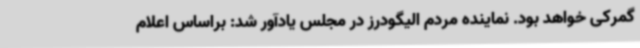
گمرکی خواهد بود. نماینده مردم الیگودرز در مجلس یادآور شد: براساس اعلام